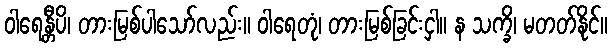
ဝါရေန္တီပိ၊ တားမြစ်ပါသော်လည်း။ ဝါရေတုံ၊ တားမြစ်ခြင်းငှါ။ န သက္ခိ၊ မတတ်နိုင်။